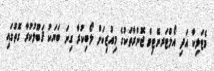
މެޓަލިކާ އަދި އޯލްޓަރނޭޓިވް ޖޮންރާތަކުގެ މިއުޒިކަށް ލޯބިކުރާ ގިނަ ބަޔަކު ޤަބޫލުކުރާ ގޮތުގައި